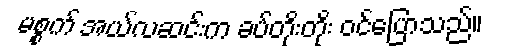
မစ္စက် အယ်လဆင်းက ခပ်တိုးတိုး ဝင်ပြောသည်။